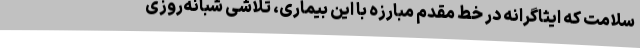
سلامت که ایثاگرانه در خط مقدم مبارزه با این بیماری، تلاشی شبانه‌روزی